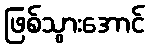
ဖြစ်သွားအောင်